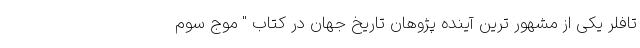
تافلر یکی از مشهور ترین آینده پژوهان تاریخ جهان در کتاب " موج سوم